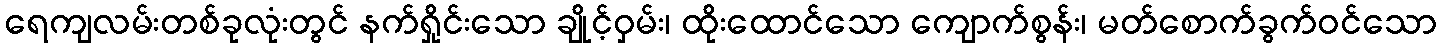
ရေကျလမ်းတစ်ခုလုံးတွင် နက်ရှိုင်းသော ချိုင့်ဝှမ်း၊ ထိုးထောင်သော ကျောက်စွန်း၊ မတ်စောက်ခွက်ဝင်သော